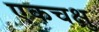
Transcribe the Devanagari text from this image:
एकचक्षु